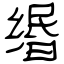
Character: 缗